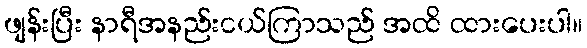
ဖျန်းပြီး နာရီအနည်းငယ်ကြာသည် အထိ ထားပေးပါ။